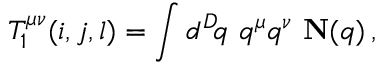
T _ { 1 } ^ { \mu \nu } ( i , j , l ) = \int d ^ { D } \! q \, \, q ^ { \mu } q ^ { \nu } \, \, { \bf N } ( q ) \, ,